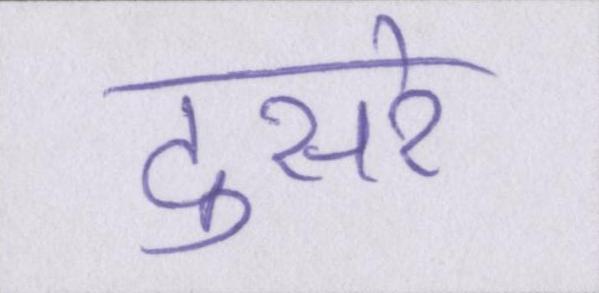
दुसरे